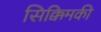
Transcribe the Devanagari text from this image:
सिक्किमकी